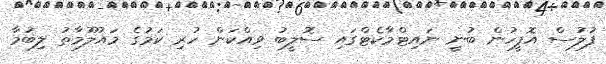
ފުލުސް އޮފީހުން ބުނީ ނައިޓްމާކެޓްގައި ސޮލީބު ވިއްކަން ހުރި ކަމުގެ މައުލޫމާތު ލިބުމާ